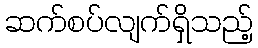
ဆက်စပ်လျက်ရှိသည့်